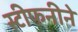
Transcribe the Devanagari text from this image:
स्टीफनीने